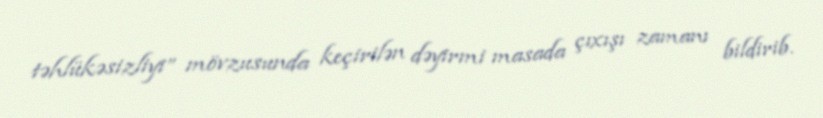
təhlükəsizliyi” mövzusunda keçirilən dəyirmi masada çıxışı zamanı bildirib.